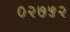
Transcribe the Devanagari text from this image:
०२७५२